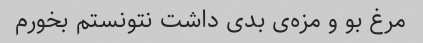
مرغ بو و مزه‌ی بدی داشت نتونستم بخورم